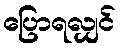
ပြောရလျှင်